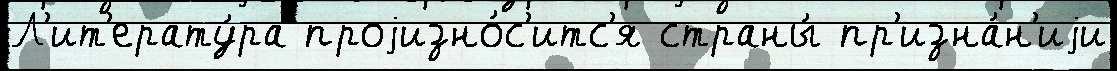
Л'ит'ерату́ра проjизно́с'итс'я страны́ пр'изна́н'иjи